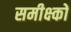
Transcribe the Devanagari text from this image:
समीक्ष्कों